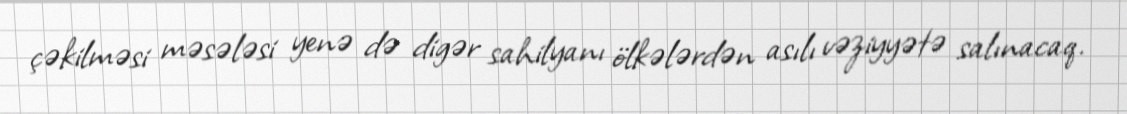
çəkilməsi məsələsi yenə də digər sahilyanı ölkələrdən asılı vəziyyətə salınacaq.